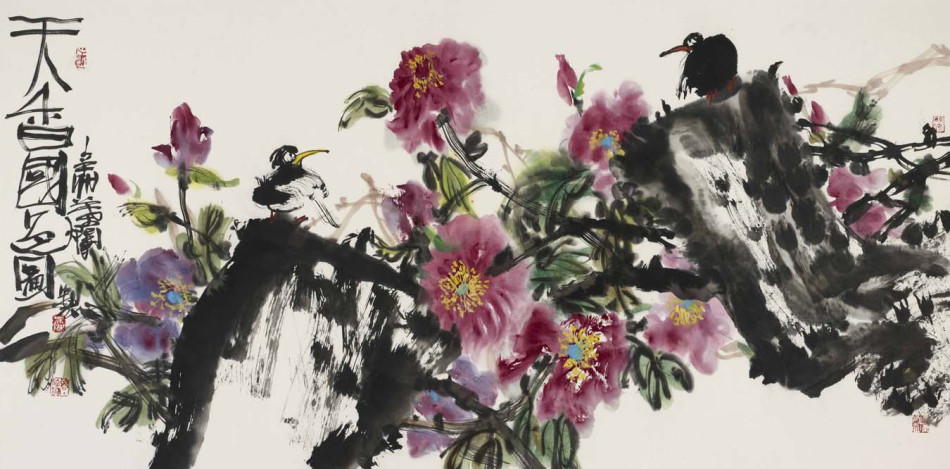
过雨西风，数叶井梧愁舞。